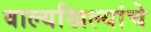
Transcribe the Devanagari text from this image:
वाल्यखिल्यांचे